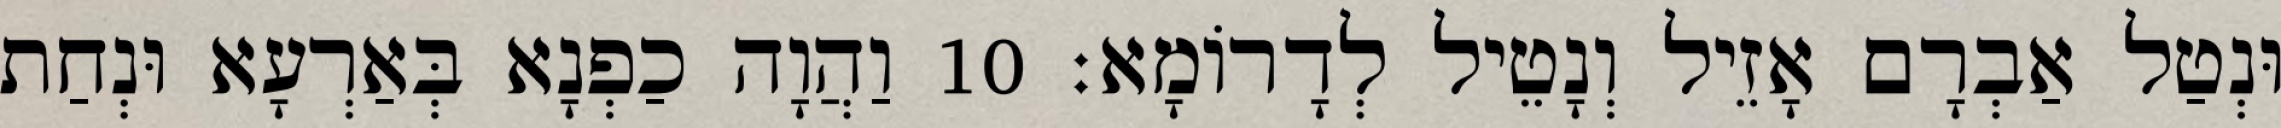
וּנְטַל אַבְרָם אָזֵיל וְנָטֵיל לְדָרוֹמָא׃ 10 וַהֲוָה כַפְנָא בְּאַרְעָא וּנְחַת